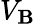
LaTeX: V_{\mathbf{B}}